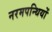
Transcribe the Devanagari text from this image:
नरमपन्थियों